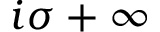
i \sigma + \infty